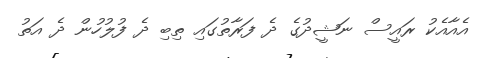
އެއާއެކު ރައީސް ނަޝީދުގެ ދެ ފަރާތުގައި ތިބި ދެ ފުލުހުން ދެ އަތު